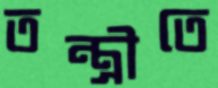
তন্ত্রীতে